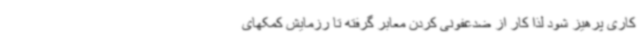
کاری پرهیز شود لذا کار از ضدعفونی کردن معابر گرفته تا رزمایش کمکهای